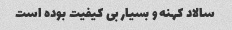
سالاد کهنه و بسیار بی کیفیت بوده است